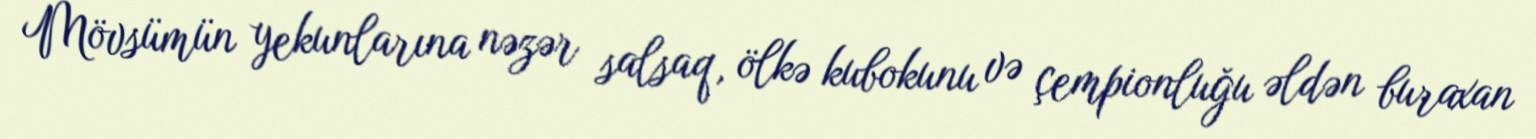
Mövsümün yekunlarına nəzər salsaq, ölkə kubokunu və çempionluğu əldən buraxan